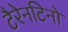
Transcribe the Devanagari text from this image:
टैरेनटिनो